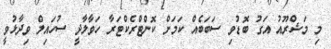
މި މަޝްރޫއު އަގު ބޮޑުވި ސަބަބެއް ކަމަށް ކޮންޓްރެކްޓަރާ ހަވާލާދީ ސުހައިލް ވިދާޅުވީ